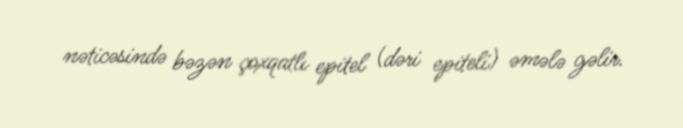
nəticəsində bəzən çoxqatlı epitel (dəri epiteli) əmələ gəlir.